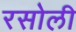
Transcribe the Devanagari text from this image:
रसोली